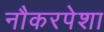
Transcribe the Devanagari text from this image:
नौकरपेशा